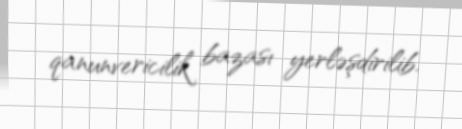
qanunvericilik bazası yerləşdirilib.